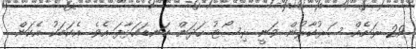
29 ރަށެއް ސަރުކާރުން ވަނީ ރިސޯޓު ހަދަން ކަނޑައަޅާފަ އެވެ. އެކަމަކު އެކަން